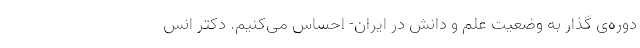
دوره‌ی گذار به وضعیت علم و دانش در ایران- احساس می‌کنیم. دکتر انس